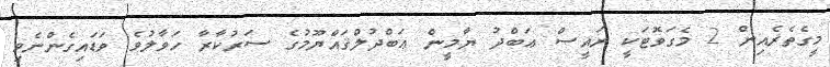
މީގެތެރެއިން 2 މެގަވޮޓަކީ ރައީސް ޢަބްދު ޔާމީން ޢަބްދުލްޤައްޔޫމުގެ ސަރުކާރާ ހަވާލުވެ ވަޑައިގެންނެވި